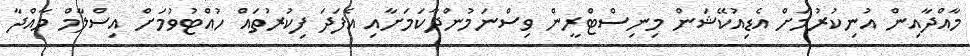
މާއްދާއިން އުނިކުރުމަށް އެޑިއުކޭޝަން މިނިސްޓްރީން ވިސްނަމުންދާކަމަށާއި އެފަދަ ފިކުރުތައް ހުއްޓުވުމަށް އިސްލާމް މާއްދާ